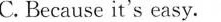
C. Because it's easy.